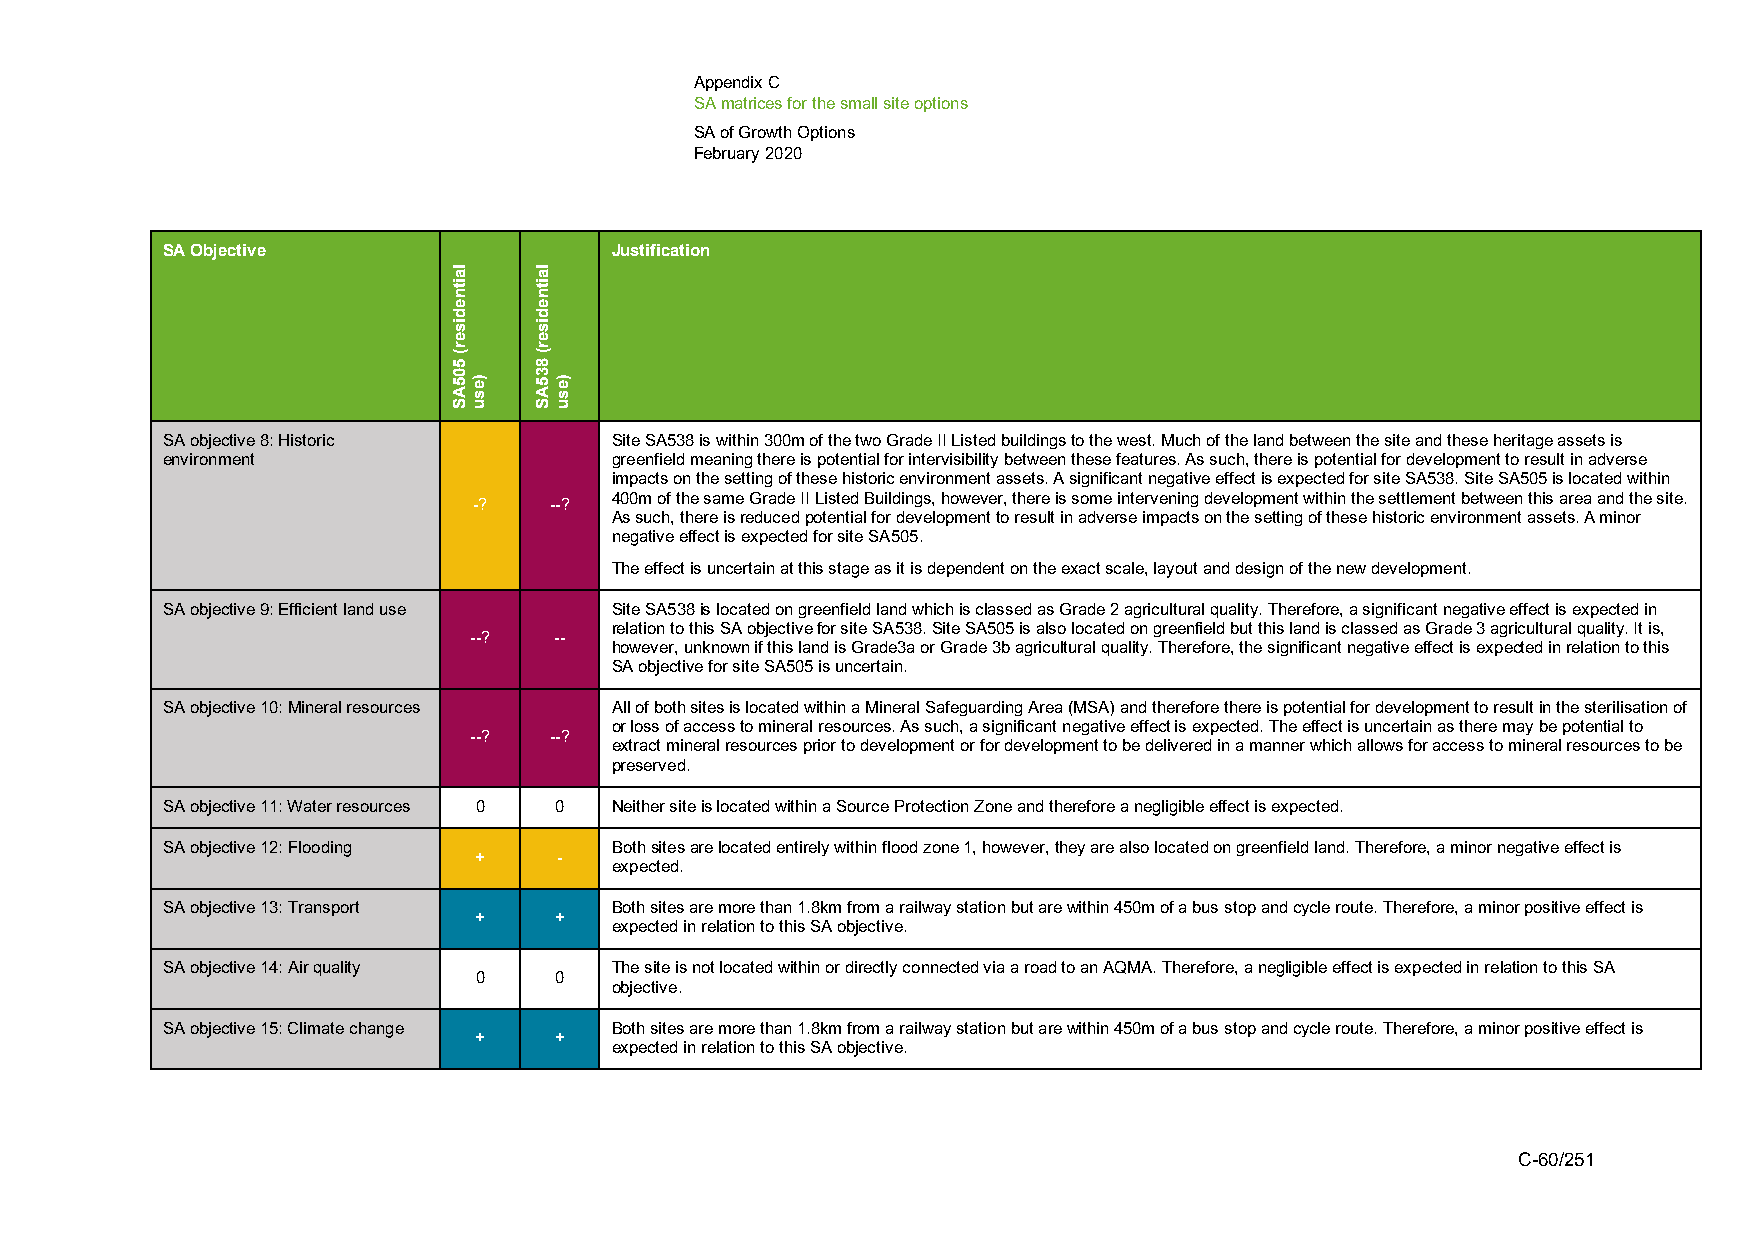
Appendix C
 SA matrices for the small site options
 SA of Growth Options
 February 2020
 SA Objective                 Justification
 SA objective 8: Historic     Site SA538 is within 300m of the two Grade II Listed buildings to the west. Much of the land between the site and these heritage assets is
 environment                  greenfield meaning there is potential for intervisibility between these features. As such, there is potential for development to result in adverse
 impacts on the setting of these historic environment assets. A significant negative effect is expected for site SA538. Site SA505 is located within
 -?   --? 400m of the same Grade II Listed Buildings, however, there is some intervening development within the settlement between this area and the site.
 As such, there is reduced potential for development to result in adverse impacts on the setting of these historic environment assets. A minor
 negative effect is expected for site SA505.
 The effect is uncertain at this stage as it is dependent on the exact scale, layout and design of the new development.
 SA objective 9: Efficient land use Site SA538 is located on greenfield land which is classed as Grade 2 agricultural quality. Therefore, a significant negative effect is expected in
 relation to this SA objective for site SA538. Site SA505 is also located on greenfield but this land is classed as Grade 3 agricultural quality. It is,
 --?   --
 however, unknown if this land is Grade3a or Grade 3b agricultural quality. Therefore, the significant negative effect is expected in relation to this
 SA objective for site SA505 is uncertain.
 SA objective 10: Mineral resources All of both sites is located within a Mineral Safeguarding Area (MSA) and therefore there is potential for development to result in the sterilisation of
 or loss of access to mineral resources. As such, a significant negative effect is expected. The effect is uncertain as there may be potential to
 --?  --?
 extract mineral resources prior to development or for development to be delivered in a manner which allows for access to mineral resources to be
 preserved.
 SA objective 11: Water resources 0 0 Neither site is located within a Source Protection Zone and therefore a negligible effect is expected.
 SA objective 12: Flooding    Both sites are located entirely within flood zone 1, however, they are also located on greenfield land. Therefore, a minor negative effect is
 +     -
 expected.
 SA objective 13: Transport   Both sites are more than 1.8km from a railway station but are within 450m of a bus stop and cycle route. Therefore, a minor positive effect is
 +     +
 expected in relation to this SA objective.
 SA objective 14: Air quality The site is not located within or directly connected via a road to an AQMA. Therefore, a negligible effect is expected in relation to this SA
 0     0
 objective.
 SA objective 15: Climate change Both sites are more than 1.8km from a railway station but are within 450m of a bus stop and cycle route. Therefore, a minor positive effect is
 +     +
 expected in relation to this SA objective.
 C-60/251
 laitnediser(
 505AS
 )esu
 laitnediser(
 835AS
 )esu